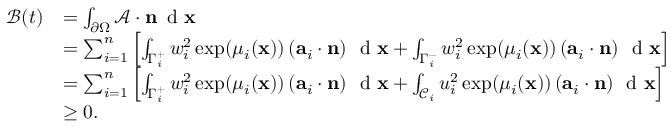
\begin{array} { r l } { \mathcal { B } ( t ) } & { = \int _ { \partial \Omega } \mathcal { A } \cdot \mathbf { n } \, \textup { d } \mathbf { x } } \\ & { = \sum _ { i = 1 } ^ { n } \left[ \int _ { \Gamma _ { i } ^ { + } } w _ { i } ^ { 2 } \exp ( \mu _ { i } ( \mathbf { x } ) ) \left( \mathbf { a } _ { i } \cdot \mathbf { n } \right) \, \textup { d } \mathbf { x } + \int _ { \Gamma _ { i } ^ { - } } w _ { i } ^ { 2 } \exp ( \mu _ { i } ( \mathbf { x } ) ) \left( \mathbf { a } _ { i } \cdot \mathbf { n } \right) \, \textup { d } \mathbf { x } \right] } \\ & { = \sum _ { i = 1 } ^ { n } \left[ \int _ { \Gamma _ { i } ^ { + } } w _ { i } ^ { 2 } \exp ( \mu _ { i } ( \mathbf { x } ) ) \left( \mathbf { a } _ { i } \cdot \mathbf { n } \right) \, \textup { d } \mathbf { x } + \int _ { \mathcal { C } _ { i } } u _ { i } ^ { 2 } \exp ( \mu _ { i } ( \mathbf { x } ) ) \left( \mathbf { a } _ { i } \cdot \mathbf { n } \right) \, \textup { d } \mathbf { x } \right] } \\ & { \geq 0 . } \end{array}